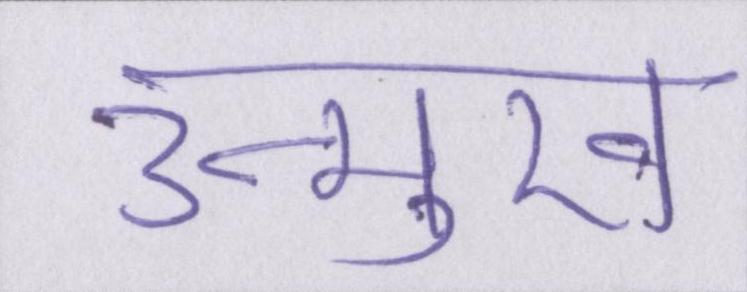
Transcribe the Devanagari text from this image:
उन्मुख